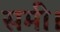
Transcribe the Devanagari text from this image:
समी।